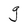
Character: g